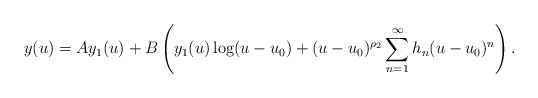
\begin{align*}y(u) = A y_1(u) + B \left(y_1(u) \log(u - u_0) + (u-u_0)^{\rho_2} \sum\limits_{n=1}^\infty h_n(u-u_0)^n\right).\end{align*}